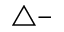
\triangle -